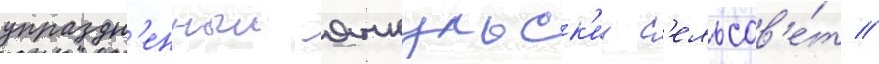
упраздн'енныи янкульск'ии с'ельсов'е́т //